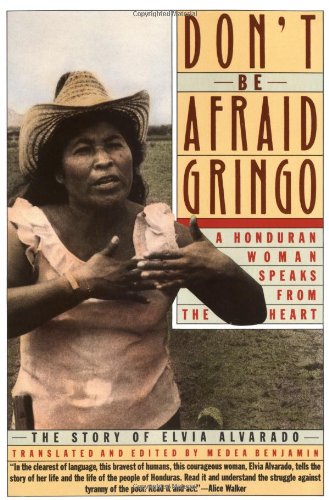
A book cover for Don't Be Afraid, Gringo: A Honduran Woman Speaks From The Heart: The Story of Elvia Alvarado; Elvia Alvarado; Biographies & Memoirs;